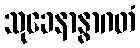
သုခေနာနွာဂတံ